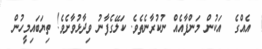
އެއްގެ  އަކުން މަންފާއެއް ނުކުރާނެތެވެ. ކަލޭގެފާނު ވިދާޅުވާށެވެ! ތިޔަބައިމީހުން